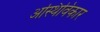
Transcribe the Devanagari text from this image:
अस्थिविकार